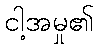
ငါ့အမှု၏